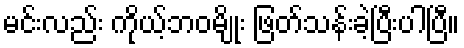
မင်းလည်း ကိုယ့်ဘဝမျိုး ဖြတ်သန်းခဲ့ပြီးပါပြီ။